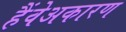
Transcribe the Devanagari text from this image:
हैंवेअकारण